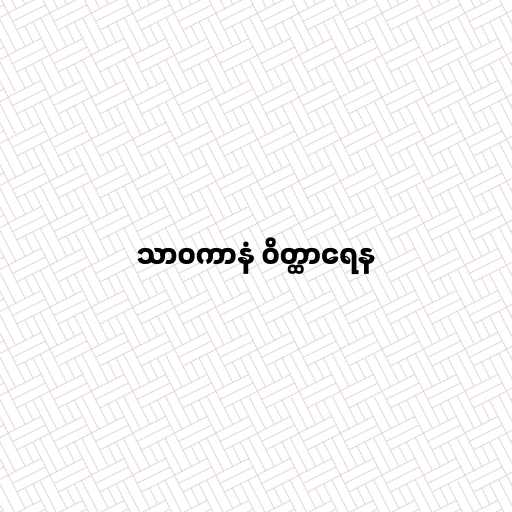
သာဝကာနံ ဝိတ္ထာရေန